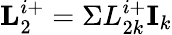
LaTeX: \textbf{L}_{2}^{i+}=\Sigma L_{2k}^{i+}\textbf{I}_{k}